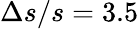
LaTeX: \Delta s/s=3.5